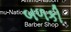
બળકી